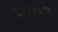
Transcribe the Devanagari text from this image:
मिक्रोलोफस